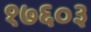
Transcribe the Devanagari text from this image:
१७६०३